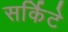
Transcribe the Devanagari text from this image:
सर्किटे